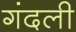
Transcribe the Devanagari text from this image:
गंदली